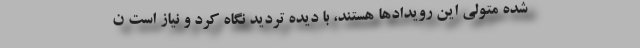
شده متولی این رویدادها هستند، با دیده تردید نگاه کرد و نیاز است ن